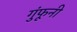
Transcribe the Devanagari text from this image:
गुंफूनी